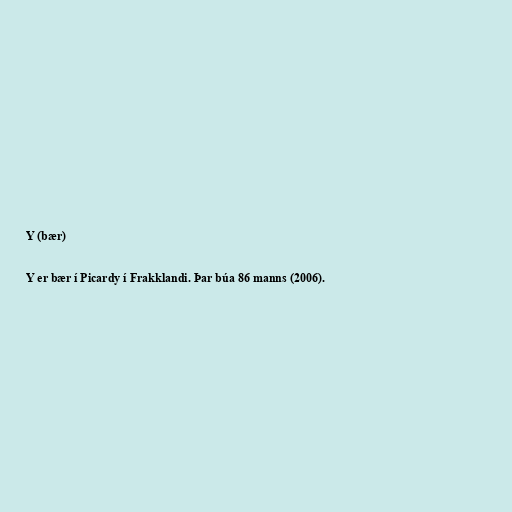
Y (bær)

Y er bær í Picardy í Frakklandi. Þar búa 86 manns (2006).